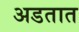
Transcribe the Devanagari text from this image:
अडतात